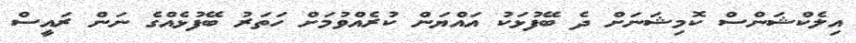
އިލެކްޝަންސް ކޮމިޝަނަށް ދެ ބޭފުޅަކު އައްޔަން ކުރެއްވުމަށް ހަތަރު ބޭފުޅެއްގެ ނަން ރައީސް